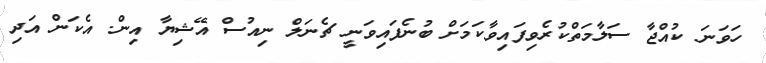
ހަވަނަ ކުއްޖާ ސަލާމަތްކުރެވިފައިވާކަމަށް ބުނެފައިވަނީ ޗެނަލް ނިއުސް އޭޝިޔާ އިން. އެކަން އަދި